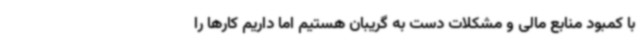
با کمبود منابع مالی و مشکلات دست به گریبان هستیم اما داریم کارها را